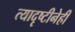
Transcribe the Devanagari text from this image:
त्यादृष्टीनेही